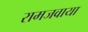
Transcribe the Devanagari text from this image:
रामजवाया